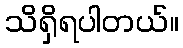
သိရှိရပါတယ်။